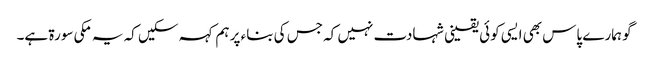
گو ہمارے پاس بھی ایسی کوئی یقینی شہادت نہیں کہ جس کی بناء پر ہم کہہ سکیں کہ یہ مکی سورۃ ہے۔